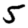
Digit: 5